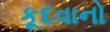
કૂદવાનો